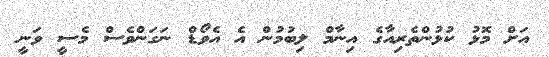
އަށް މޮޅު ކުޅުންތެރިއާގެ އިނާމް ލިބުމުން އެ އެވޯޑް ނަގަންވެސް މެސީ ވަނީ